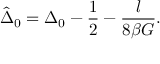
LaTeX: \hat { \Delta } _ { 0 } = \Delta _ { 0 } - \frac { 1 } { 2 } - \frac { l } { 8 \beta G } .